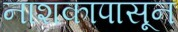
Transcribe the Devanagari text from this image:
नाशकापासून